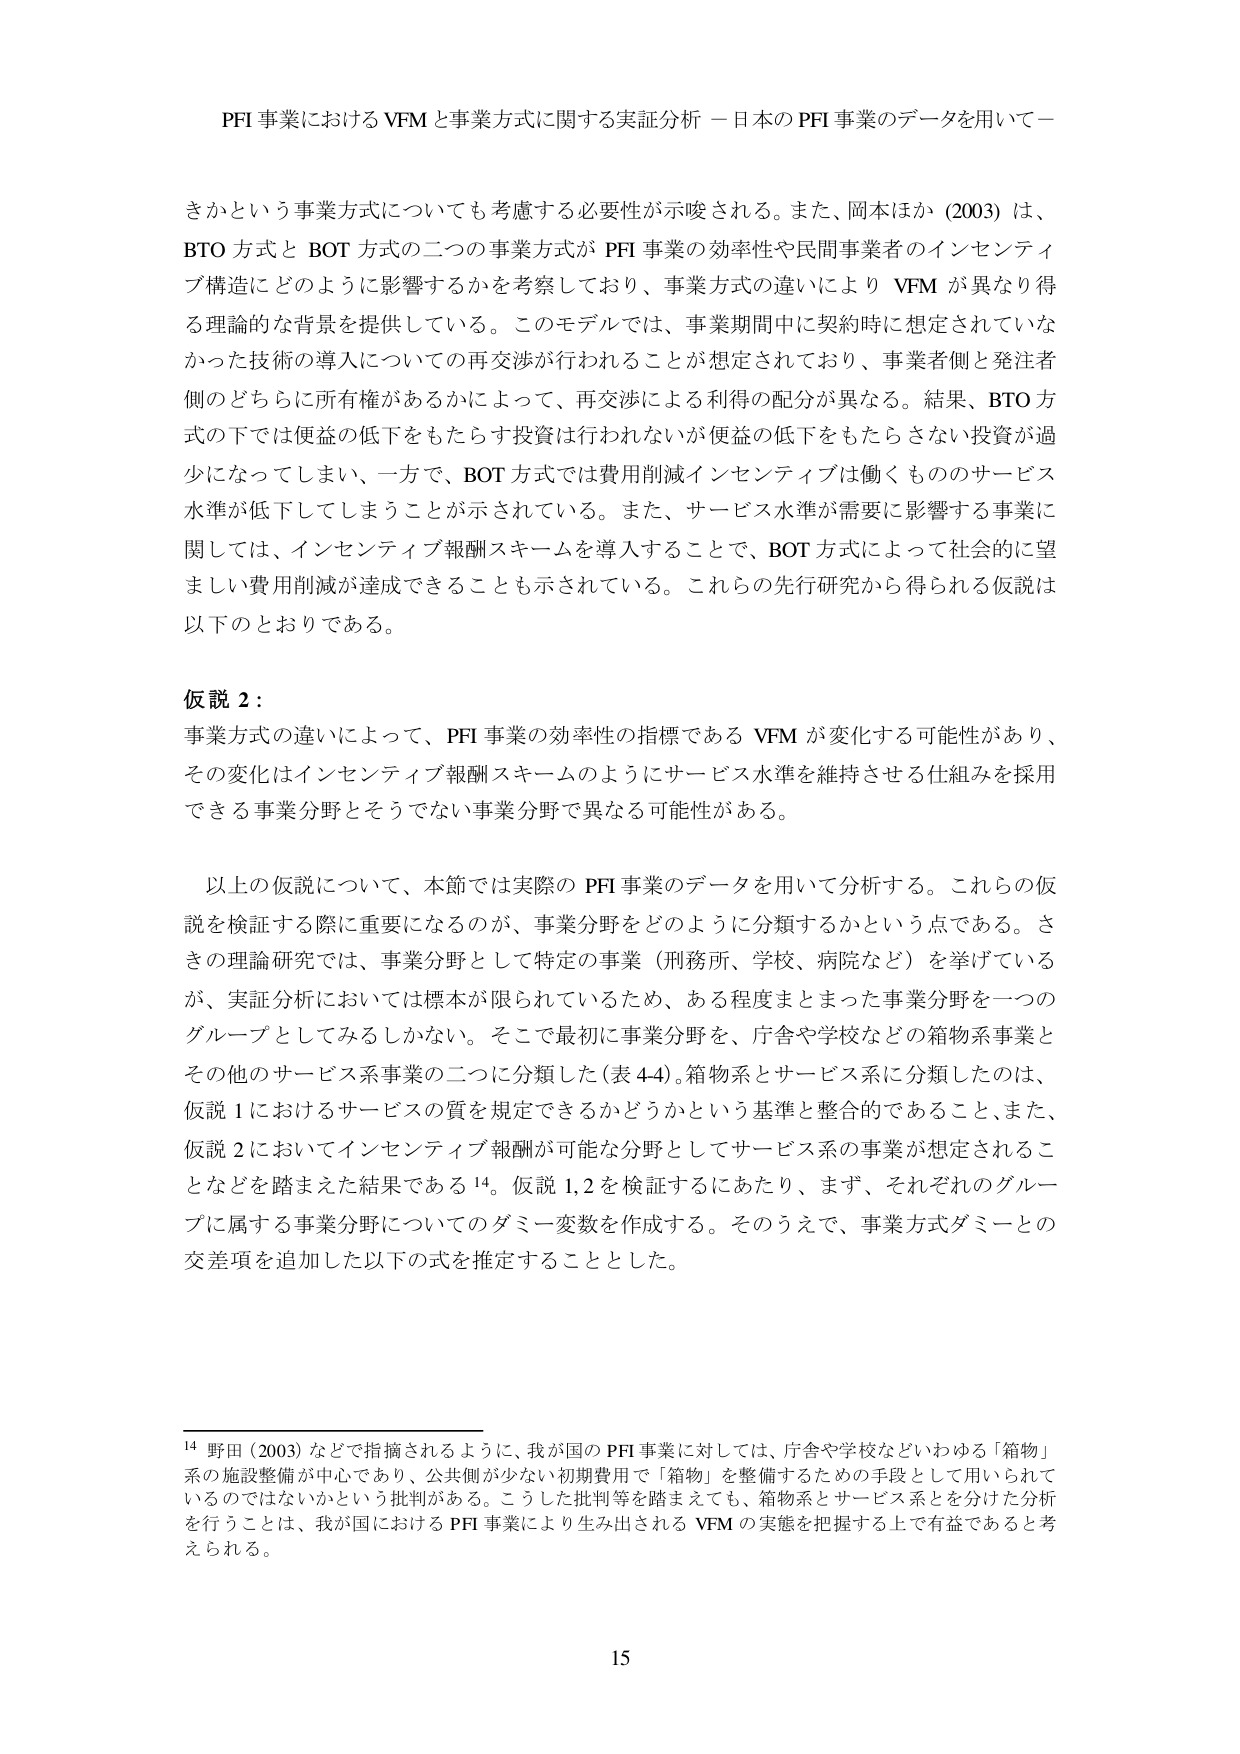
PFI 事業における VFM と事業方式に関する実証分析 －日本の PFI 事業のデータを用いて－

きかという事業方式についても考慮する必要性が示唆される。また、岡本ほか (2003) は、
BTO 方式と BOT 方式の二つの事業方式が PFI 事業の効率性や民間事業者のインセンティブ構造にどのように影響するかを考察しており、事業方式の違いにより VFM が異なり得る理論的な背景を提供している。このモデルでは、事業期間中に契約時に想定されていなかった技術の導入についての再交渉が行われることが想定されており、事業者側と発注者側のどちらに所有権があるかによって、再交渉による利得の配分が異なる。結果、BTO 方式の下では便益の低下をもたらす投資は行われないが便益の低下をもたらさない投資が過少になってしまい、一方で、BOT 方式では費用削減インセンティブは働くもののサービス水準が低下してしまうことが示されている。また、サービス水準が需要に影響する事業に関しては、インセンティブ報酬スキームを導入することで、BOT 方式によって社会的に望ましい費用削減が達成できることも示されている。これらの先行研究から得られる仮説は以下のとおりである。

仮説 2：
事業方式の違いによって、PFI 事業の効率性の指標である VFM が変化する可能性があり、
その変化はインセンティブ報酬スキームのようにサービス水準を維持させる仕組みを採用できる事業分野とそうでない事業分野で異なる可能性がある。

以上の仮説について、本節では実際の PFI 事業のデータを用いて分析する。これらの仮説を検証する際に重要になるのが、事業分野をどのように分類するかという点である。さきの理論研究では、事業分野として特定の事業（刑務所、学校、病院など）を挙げているが、実証分析においては標本が限られているため、ある程度まとまった事業分野を一つのグループとしてみるしかない。そこで最初に事業分野を、庁舎や学校などの箱物系事業とその他のサービス系事業の二つに分類した（表 4-4）。箱物系とサービス系に分類したのは、仮説 1 におけるサービスの質を規定できるかどうかという基準と整合的であること、また、仮説 2 においてインセンティブ報酬が可能な分野としてサービス系の事業が想定されることなどを踏まえた結果である14。仮説 1,2 を検証するにあたり、まず、それぞれのグループに属する事業分野についてのダミー変数を作成する。そのうえで、事業方式ダミーとの交差項を追加した以下の式を推定することとした。

14 野田 (2003) などで指摘されるように、我が国の PFI 事業に対しては、庁舎や学校などいわゆる「箱物」系の施設整備が中心であり、公共側が少ない初期費用で「箱物」を整備するための手段として用いられているのではないかという批判がある。こうした批判等を踏まえても、箱物系とサービス系とを分けた分析を行うことは、我が国における PFI 事業により生み出される VFM の実態を把握する上で有益であると考えられる。

15